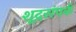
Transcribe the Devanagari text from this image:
शूद्रसंपर्क